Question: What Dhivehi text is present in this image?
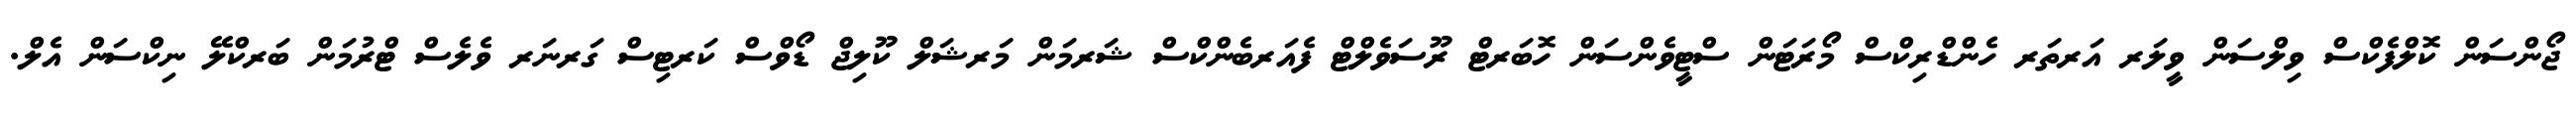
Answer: ޖޯންސަން ކޮލްފެކްސް ވިލްސަން ވީލަރ އަރތަރ ހެންޑްރިކްސް މޯރަޓަން ސްޓީވެންސަން ހޮބަރޓް ރޫސަވެލްޓް ފެއަރބެންކްސް ޝަރމަން މަރޝަލް ކޫލިޖް ޑޯވްސް ކަރޓިސް ގަރނަރ ވެލެސް ޓްރުމަން ބަރކްލޭ ނިކްސަން އެލް.